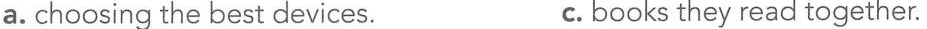
a. choosing the best devices. c. books they read together.